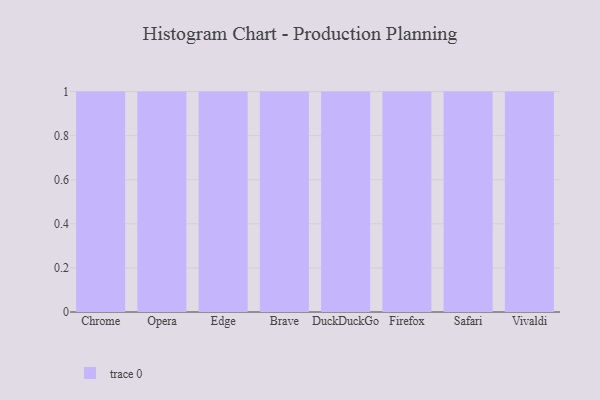
{"axis": {"x": "Browser", "y": "Churn Rate (%)"}, "legend": [""], "data": [{"x": "Chrome", "y": 64, "type": ""}, {"x": "Opera", "y": 7, "type": ""}, {"x": "Edge", "y": 68, "type": ""}, {"x": "Brave", "y": 45, "type": ""}, {"x": "DuckDuckGo", "y": 27, "type": ""}, {"x": "Firefox", "y": 68, "type": ""}, {"x": "Safari", "y": 98, "type": ""}, {"x": "Vivaldi", "y": 91, "type": ""}]}